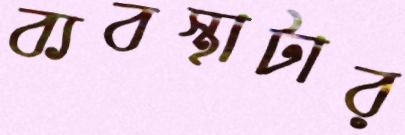
ব্যবস্থাটার